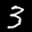
Label: 3